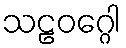
သဠဝဂ္ဂေါ